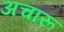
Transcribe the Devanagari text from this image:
अचारू